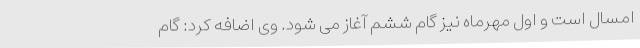
امسال است و اول مهرماه نیز گام ششم آغاز می شود. وی اضافه کرد: گام